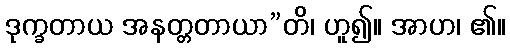
ဒုက္ခတာယ အနတ္တတာယာ”တိ၊ ဟူ၍။ အာဟ၊ ၏။